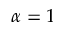
\alpha = 1